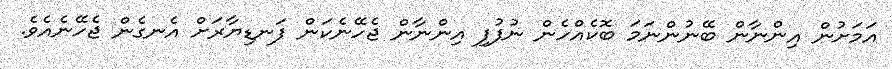
އަމަށުން އިންނާން ބޭނުންނަމަ ބޮކެއްހެން ނުފުފި އިންނާން ޖެހޭނެކަން ފަނޑިޔާރަށް އެނގެން ޖެހޭނެއެވެ.